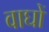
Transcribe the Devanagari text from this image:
वाघों